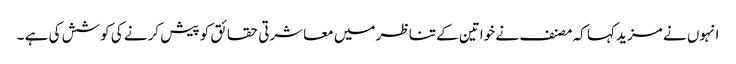
انہوں نے مزید کہا کہ مصنف نے خواتین کے تناظر میں معاشرتی حقائق کو پیش کرنے کی کوشش کی ہے ۔